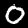
Label: 0